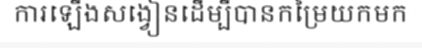
ការឡើងសង្វៀនដើម្បីបានកម្រៃយកមក